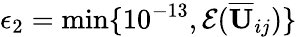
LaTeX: \epsilon_{2}=\operatorname*{min}\{ 10^{-13},\mathcal{E}(\overline{{\mathbf{U}}}_{ij})\}